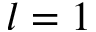
l = 1